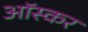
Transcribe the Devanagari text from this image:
आॅस्कर